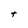
Character: t